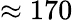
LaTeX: \approx 170